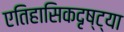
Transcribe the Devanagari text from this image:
एतिहासिकदृष्ट्या